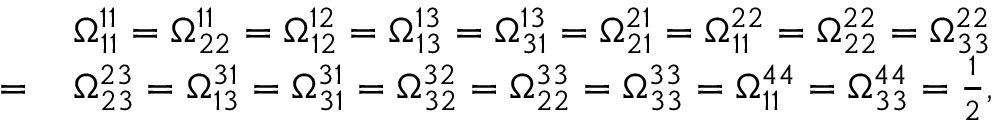
\begin{array} { r l } & { \Omega _ { 1 1 } ^ { 1 1 } = \Omega _ { 2 2 } ^ { 1 1 } = \Omega _ { 1 2 } ^ { 1 2 } = \Omega _ { 1 3 } ^ { 1 3 } = \Omega _ { 3 1 } ^ { 1 3 } = \Omega _ { 2 1 } ^ { 2 1 } = \Omega _ { 1 1 } ^ { 2 2 } = \Omega _ { 2 2 } ^ { 2 2 } = \Omega _ { 3 3 } ^ { 2 2 } } \\ { = \, } & { \Omega _ { 2 3 } ^ { 2 3 } = \Omega _ { 1 3 } ^ { 3 1 } = \Omega _ { 3 1 } ^ { 3 1 } = \Omega _ { 3 2 } ^ { 3 2 } = \Omega _ { 2 2 } ^ { 3 3 } = \Omega _ { 3 3 } ^ { 3 3 } = \Omega _ { 1 1 } ^ { 4 4 } = \Omega _ { 3 3 } ^ { 4 4 } = \frac { 1 } { 2 } , } \end{array}